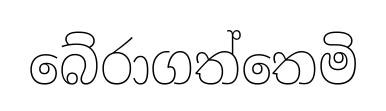
බේරාගත්තෙමි